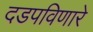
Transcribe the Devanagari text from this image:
दडपविणारे